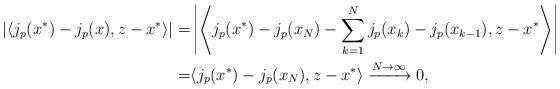
LaTeX: \begin{align*} |\langle j_p(x^*) - j_p(x), z-x^*\rangle| =& \left|\left\langle j_p(x^*) - j_p(x_N) - \sum_{k=1}^N j_p(x_k) - j_p(x_{k-1}),z-x^*\right\rangle\right| \\ =& \langle j_p(x^*)-j_p(x_N), z-x^*\rangle \xrightarrow[]{N\to\infty} 0, \end{align*}